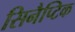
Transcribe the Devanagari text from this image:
सिनैप्टिक